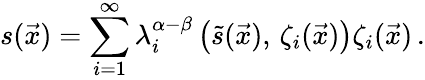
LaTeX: s(\vec{x})=\sum_{i=1}^{\infty}\lambda_{i}^{\alpha-\beta}\left(\tilde{s}(\vec{x}),\, \zeta_{i}(\vec{x})\right)\zeta_{i}(\vec{x})\, .